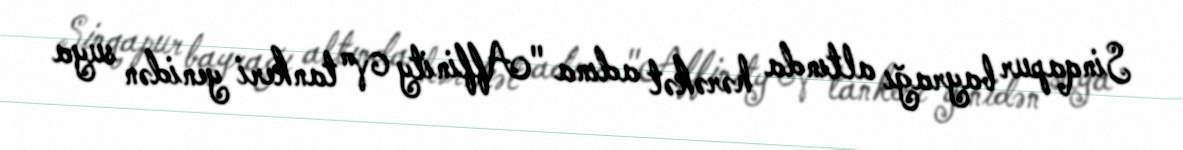
Sinqapur bayrağı altında hərəkət adına "Affinity V" tankeri yenidən suya